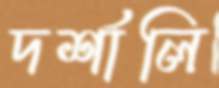
দর্শালি